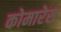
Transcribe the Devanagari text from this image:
कोमारेस